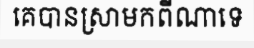
គេបានស្រាមកពីណាទេ